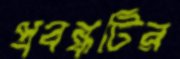
প্রবন্ধটির